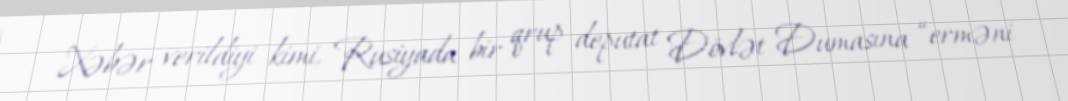
Xəbər verildiyi kimi, Rusiyada bir qrup deputat Dövlət Dumasına “erməni